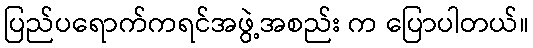
ပြည်ပရောက်ကရင်အဖွဲ့အစည်း က ပြောပါတယ်။